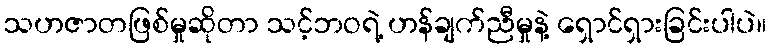
သဟဇာတဖြစ်မှုဆိုတာ သင့်ဘဝရဲ့ ဟန်ချက်ညီမှုနဲ့ ရှောင်ရှားခြင်းပါပဲ။